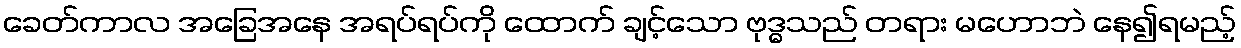
ခေတ်ကာလ အခြေအနေ အရပ်ရပ်ကို ထောက် ချင့်သော ဗုဒ္ဓသည် တရား မဟောဘဲ နေ၍ရမည့်